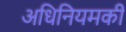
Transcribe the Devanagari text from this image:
अधिनियमकी